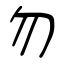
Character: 勿